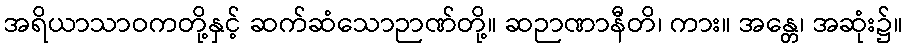
အရိယာသာဝကတို့နှင့် ဆက်ဆံသောဉာဏ်တို့။ ဆဉာဏာနီတိ၊ ကား။ အန္တေ၊ အဆုံး၌။